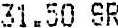
31.50 SR